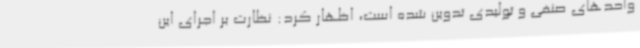
واحدهای صنفی و تولیدی تدوین شده است، اظهار کرد: نظارت بر اجرای این